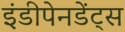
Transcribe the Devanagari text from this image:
इंडीपेनडेंट्स